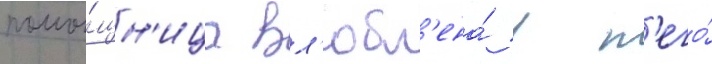
помо́щн'ица вл'юбл'ена́ в н'его́